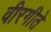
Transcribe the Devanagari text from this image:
वीरगीते